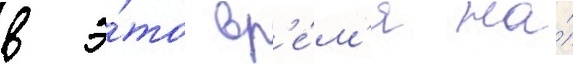
в э́то вр'е́м'я на́